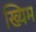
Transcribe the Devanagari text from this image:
ख्यिम